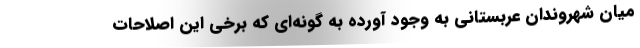
میان شهروندان عربستانی به وجود آورده به گونه‌ای که برخی این اصلاحات